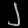
Digit: ၂